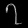
Digit: ၇